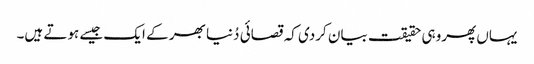
یہاں پھروہی حقیقت بیان کردی کہ قصائی دُنیا بھر کے ایک جیسے ہوتے ہیں۔